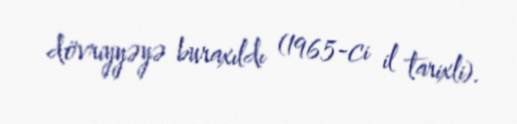
dövriyyəyə buraxıldı (1965-ci il tarixli).